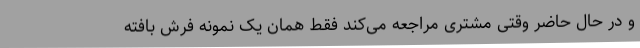
و در حال حاضر وقتی مشتری مراجعه می‌کند فقط همان یک نمونه فرش بافته